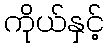
ကိုယ်နှင့်